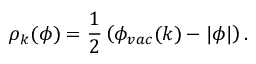
\rho _ { k } ( \phi ) = { \frac { 1 } { 2 } } \left( \phi _ { v a c } ( k ) - \vert \phi \vert \right) .